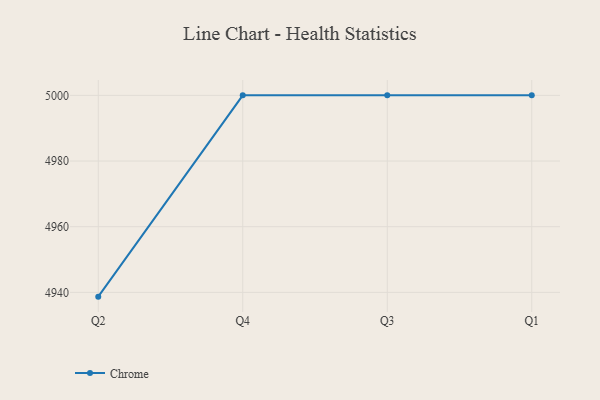
{"axis": {"x": "Quarter", "y": "Active Users"}, "legend": ["Chrome"], "data": [{"x": "Q2", "y": 4938.7, "type": "Chrome"}, {"x": "Q4", "y": 5000, "type": "Chrome"}, {"x": "Q3", "y": 5000, "type": "Chrome"}, {"x": "Q1", "y": 5000, "type": "Chrome"}]}